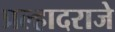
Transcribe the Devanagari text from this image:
प्रल्हादराजे